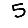
Digit: 5